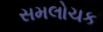
સમલોચક